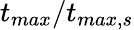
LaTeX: \textit{t}_{max}/\textit{t}_{max,s}